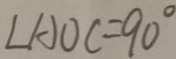
\angle A O C = 9 0 ^ { \circ }